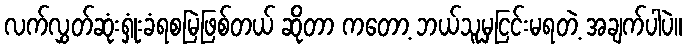
လက်လွှတ်ဆုံးရှုံးခံရစမြဲဖြစ်တယ် ဆိုတာ ကတော့ ဘယ်သူမှငြင်းမရတဲ့ အချက်ပါပဲ။